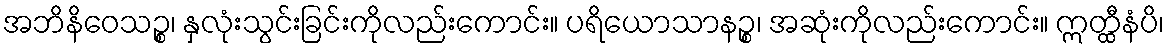
အဘိနိဝေသဉ္စ၊ နှလုံးသွင်းခြင်းကိုလည်းကောင်း။ ပရိယောသာနဉ္စ၊ အဆုံးကိုလည်းကောင်း။ ဣတ္ထီနံပိ၊